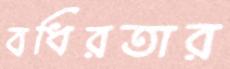
বধিরতার